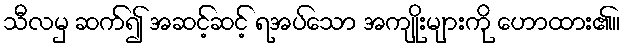
သီလမှ ဆက်၍ အဆင့်ဆင့် ရအပ်သော အကျိုးများကို ဟောထား၏။